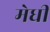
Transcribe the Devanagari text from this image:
मेधी